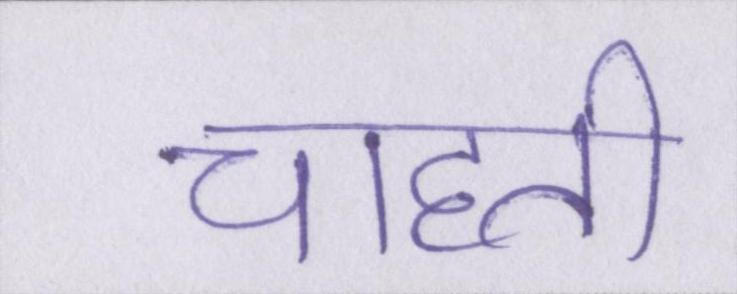
चाहती